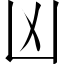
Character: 凶